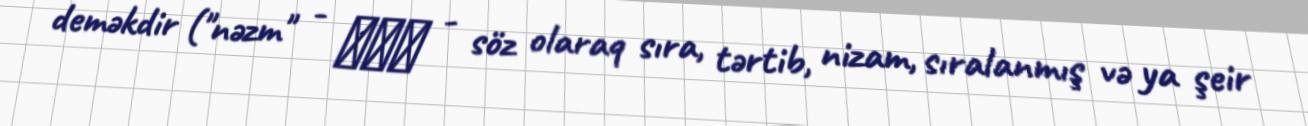
deməkdir ("nəzm" - نظم - söz olaraq sıra, tərtib, nizam, sıralanmış və ya şeir